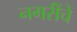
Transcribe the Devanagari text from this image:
नगरींचे